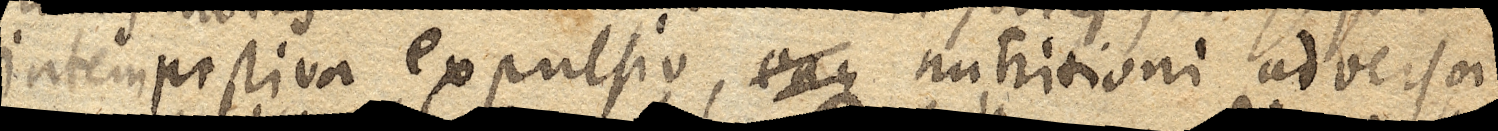
intempestiva expulsio, eaque nutritioni adversa.